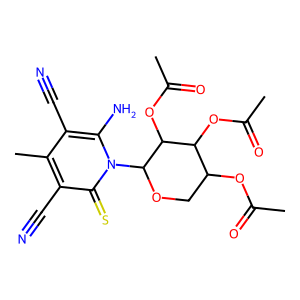
SMILES: CC(=O)OC1COC(n2c(N)c(C#N)c(C)c(C#N)c2=S)C(OC(C)=O)C1OC(C)=O
Inhibits HIV replication: No